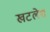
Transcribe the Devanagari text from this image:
खटलेश